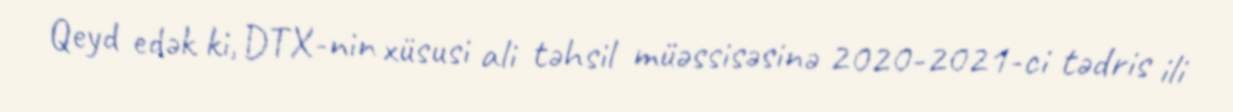
Qeyd edək ki, DTX-nin xüsusi ali təhsil müəssisəsinə 2020-2021-ci tədris ili